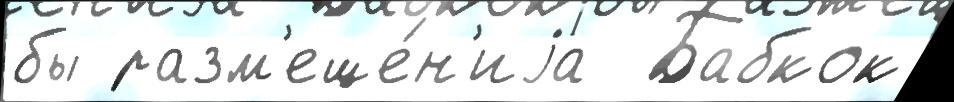
бы разм'еще́н'иjа  Бабкок